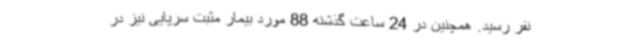
نفر رسید. همچنین در 24 ساعت گذشته 88 مورد بیمار مثبت سرپایی نیز در